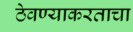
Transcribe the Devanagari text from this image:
ठेवण्याकरताचा